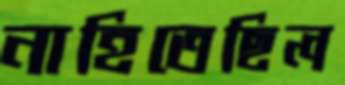
নাহিতেছিল